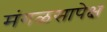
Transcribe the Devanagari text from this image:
मंगळसापेक्ष